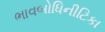
ભાવબોધિનીટિકા